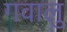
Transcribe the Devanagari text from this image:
गवालु